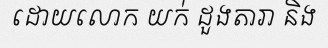
ដោយលោក យក់ ដួងតារា និង